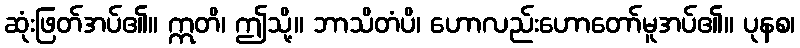
ဆုံးဖြတ်အပ်၏။ ဣတိ၊ ဤသို့။ ဘာသိတံပိ၊ ဟောလည်းဟောတော်မူအပ်၏။ ပုနစ၊